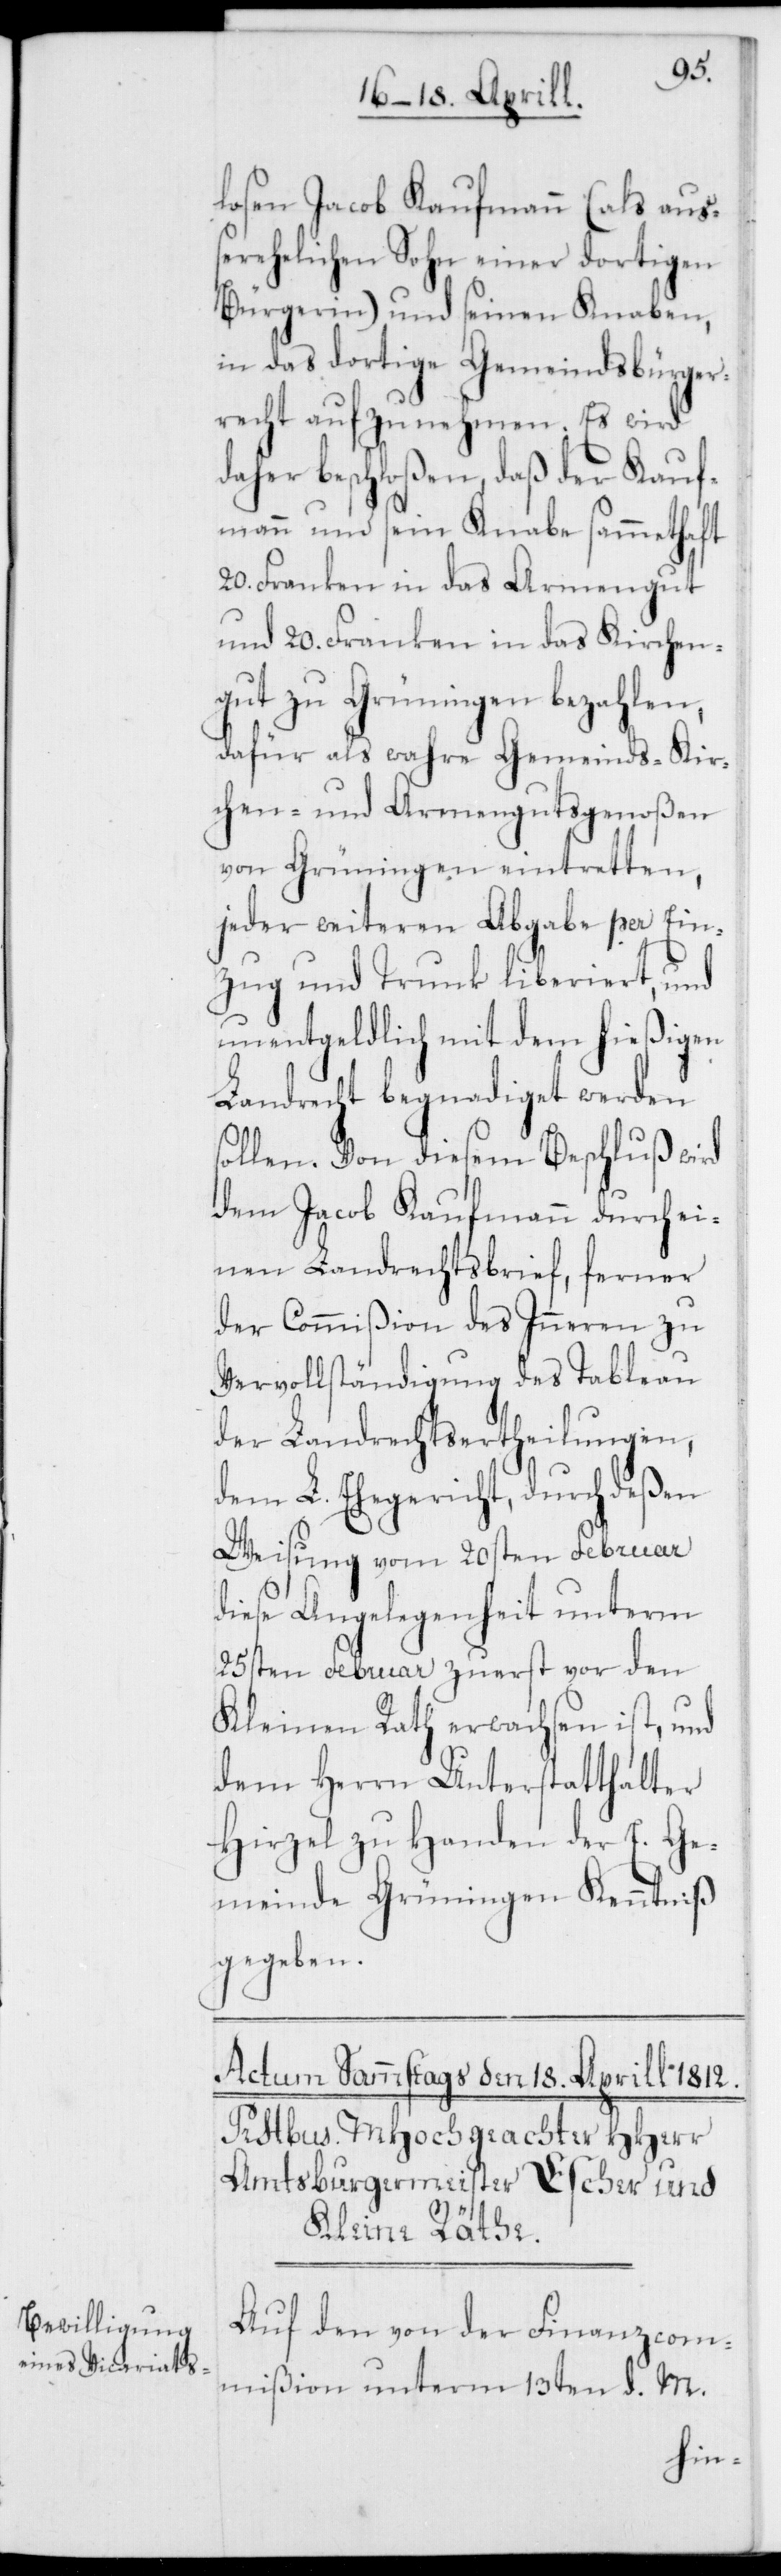
losen Jacob Kaufmann (als auß¬
erehelichen Sohn einer dortigen
Bürgerin) und seinen Knaben,
in das dortige Gemeindsbürger¬
recht aufzunehmen. Es wird
daher beschloßen, daß der Kauf¬
mann und sein Knabe sammethaft
20. Franken in das Armengut
und 20. Franken in das Kirchen¬
gut zu Grüningen bezahlen,
dafür als wahre Gemeinds-[,] Kir¬
chen- und Armengutsgenoßen
von Grüningen eintretten,
jeder weiteren Abgabe per Ein¬
zug und Trunk liberiert, und
unentgeldlich mit dem hießigen
Landrecht begnadiget werden
Von diesem Beschluß wird
dem Jacob Kaufmann durch ei¬
nen Landrechtsbrief, ferner
der Commißion des Inneren zu
Vervollständigung des Tableau
der Landrechtsertheilungen,
dem L. Ehegericht, durch deßen
Weisung vom 20sten Februar
diese Angelegenheit unterm
25sten Februar zuerst vor den
Kleinen Rath erwachsen ist, und
dem Herrn Unterstatthalter
Hirzel zu Handen der E. Ge¬
meinde Grüningen Kenntniß
gegeben.
Auf den von der Finanzcom¬
mißion unterm 13ten d. M.